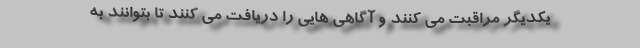
یکدیگر مراقبت می کنند و آگاهی هایی را دریافت می کنند تا بتوانند به